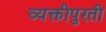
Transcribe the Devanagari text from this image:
व्यक्तीपुरती